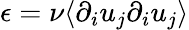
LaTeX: \epsilon=\nu\langle\partial_{i}u_{j}\partial_{i}u_{j}\rangle